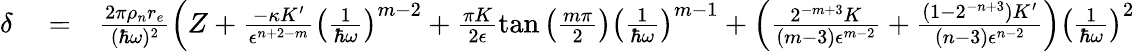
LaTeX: \begin{array}{rlr}{\delta}&{{}=}&{\frac{2\pi\rho_{n}r_{e}}{(\hbar\omega)^{2}}\left(Z+\frac{-\kappa K^{\prime}}{\epsilon^{n+2-m}}\left(\frac{1}{\hbar\omega}\right)^{m-2}+\frac{\pi K}{2\epsilon}\tan\left(\frac{m\pi}{2}\right)\left(\frac{1}{\hbar\omega}\right)^{m-1}+\left(\frac{2^{-m+3}K}{(m-3)\epsilon^{m-2}}+\frac{(1-2^{-n+3})K^{\prime}}{(n-3)\epsilon^{n-2}}\right)\left(\frac{1}{\hbar\omega}\right)^{2}\right.}\end{array}